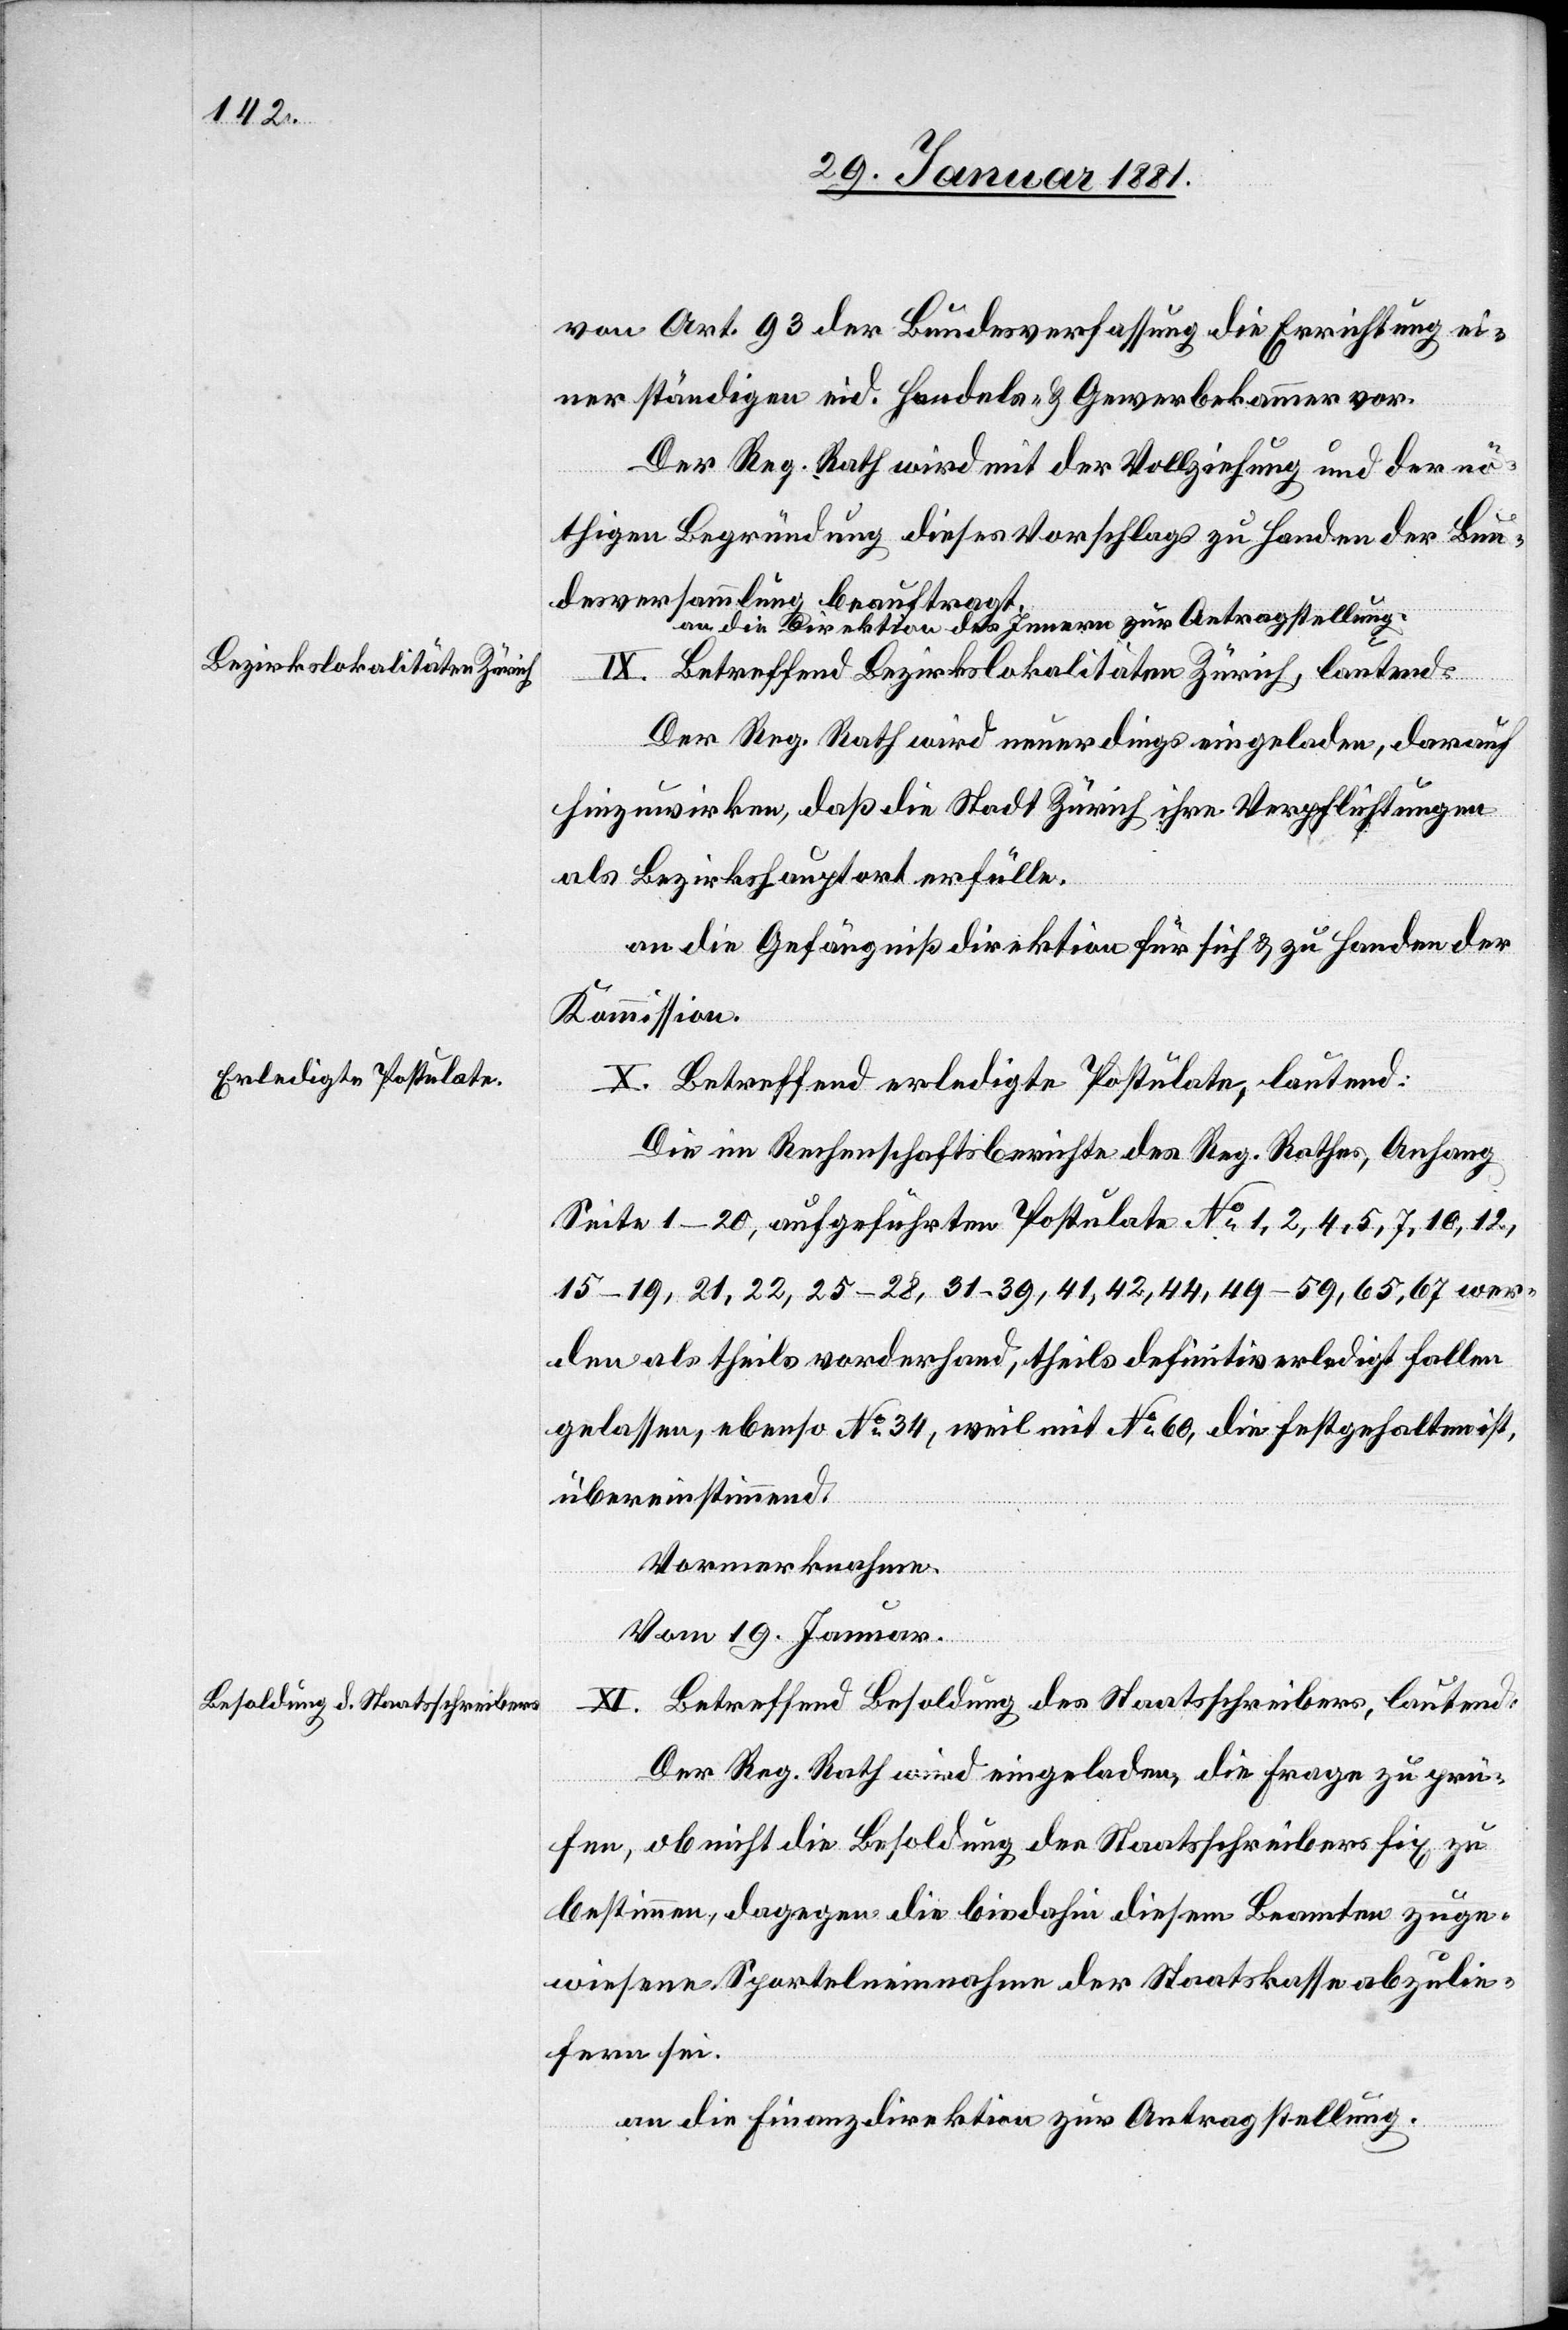
von Art. 93 der Bundesverfassung die Errichtung ei¬
ner ständigen eid. Handels- & Gewerbekammer vor.
Der Reg. Rath wird mit der Vollziehung und der nö¬
thigen Begründung dieses Vorschlags zu Handen der Bun¬
desversammlung beauftragt.
an die Direktion des Innern zur Antragstellung.
IX. Betreffend Bezirkslokalitäten Zürich, lautend:
Der Reg. Rath wird neuerdings eingeladen, darauf
hinzuwirken, daß die Stadt Zürich ihre Verpflichtungen
als Bezirkshauptort erfülle.
an die Gefängnißdirektion für sich & zu Handen der
Kommission.
X. Betreffend erledigte Postulate, lautend:
Die im Rechenschaftsberichte des Reg. Rathes, Anfang
Seite 1–20, aufgeführten Postulate No 1, 2, 4, 5, 7, 10, 12,
15–19, 21, 22, 25–28, 31–39, 41, 42, 44, 49–59, 65, 67 wer¬
den als theils vorderhand, theils definitiv erledigt fallen
gelassen, ebenso No 34, weil mit No 60, die festgehalten ist,
übereinstimmend.
Vormerknahme.
Vom 19. Januar.
XI. Betreffend Besoldung des Staatsschreibers, lautend:
Der Reg. Rath wird eingeladen, die Frage zu prü¬
fen, ob nicht die Besoldung des Staatsschreibers fix zu
bestimmen, dagegen die bis dahin diesem Beamten zuge¬
wiesene Sportelneinnahme der Staatskasse abzulie¬
fern sei.
an die Finanzdirektion zur Antragstellung.